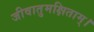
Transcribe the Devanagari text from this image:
जीवातुमक्षिताम्।